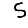
Digit: 5